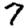
Digit: 7